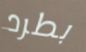
بطرد